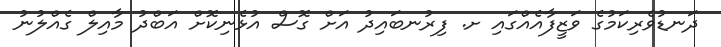
ދަނޑުވެރިކަމުގެ ވަޒީފާއެއްގައި ށ. ފިރުނބައިދު އަށް ގޮސް އުޅެނިކޮށް އަބްދު މާއިލް ގެއްލުނު